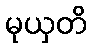
မုယှတိ